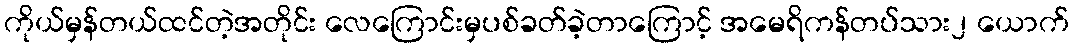
ကိုယ်မှန်တယ်ထင်တဲ့အတိုင်း လေကြောင်းမှပစ်ခတ်ခဲ့တာကြောင့် အမေရိကန်တပ်သား၂ ယောက်